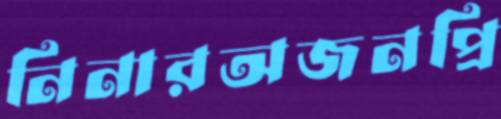
নিনারঅজনপ্রি